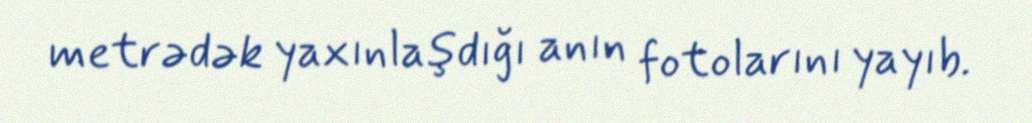
metrədək yaxınlaşdığı anın fotolarını yayıb.